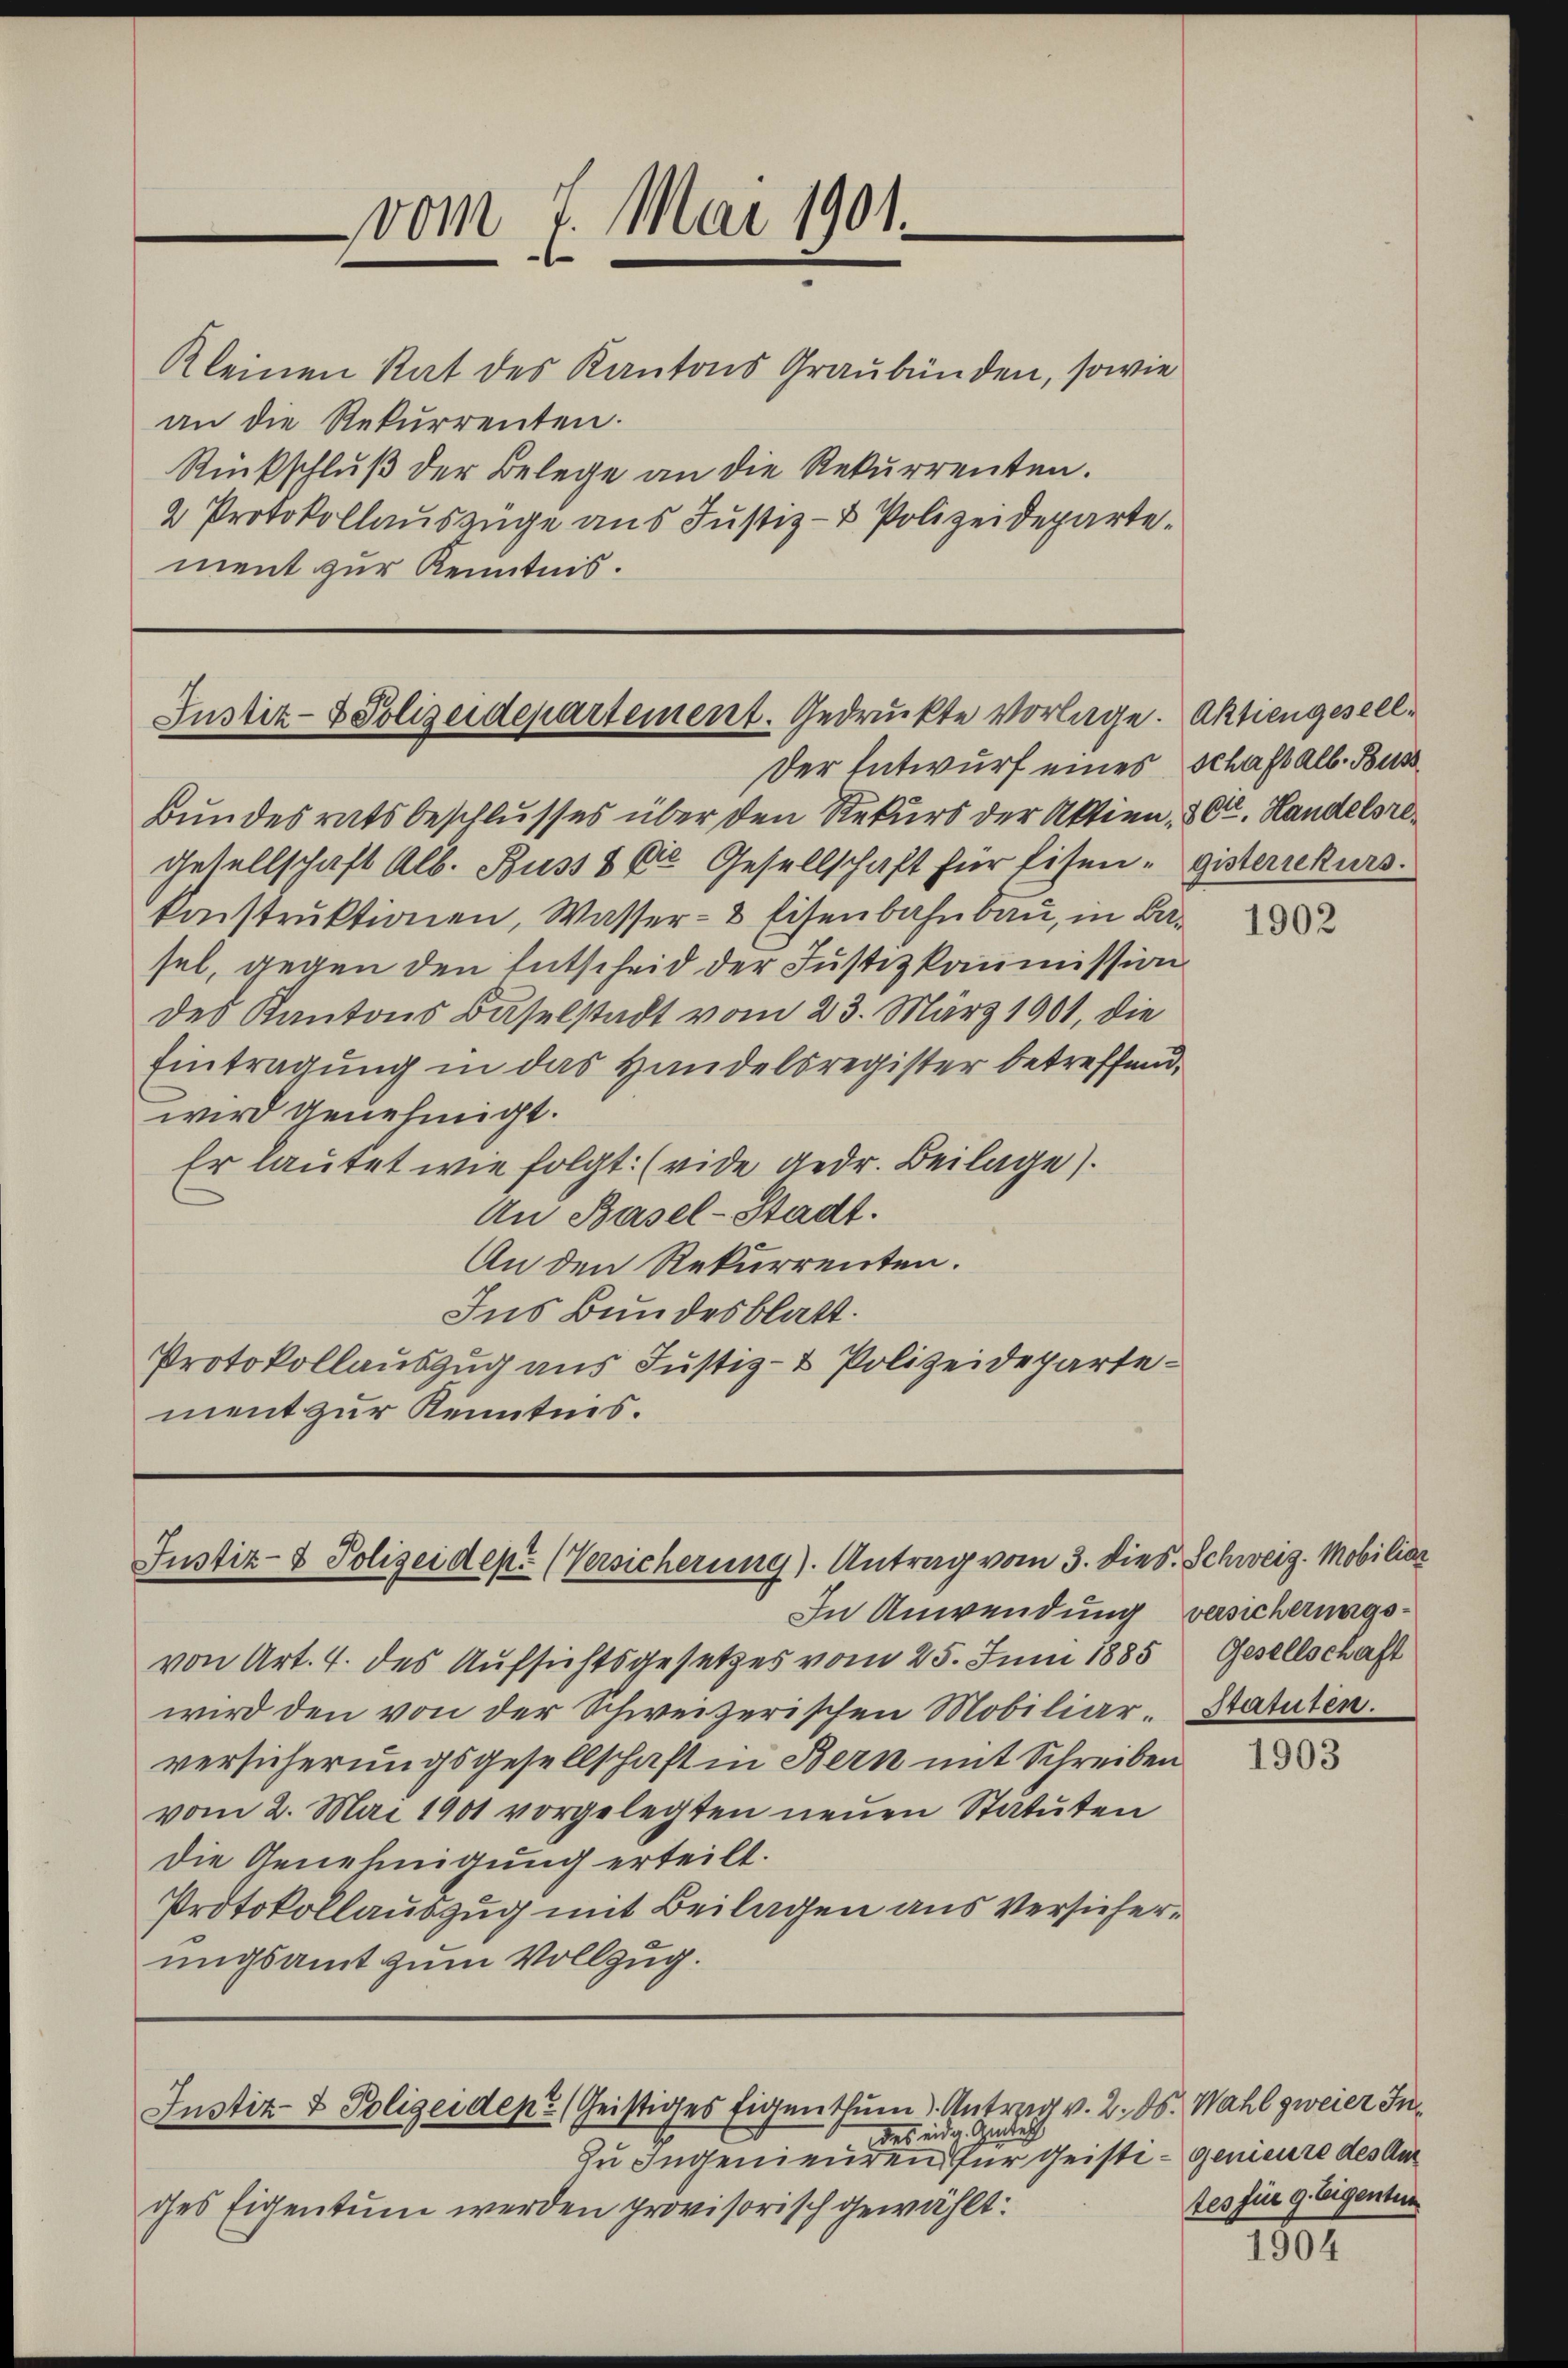
vom 7. Mai 1901.

Kleinen Rat des Kantons Graubünden, sowie
an die Rekurrenten.
Rückschluß der Belege an die Rekurrenten.
2 Protokollauszüge aus Justiz- & Polizeidepartement zur Kenntnis.

Justiz- & Polizeidepartement. Gedruckte vorlage. Aktiengesell¬

Der Entwurf eines Schaft alb. Buss
Bundesratsbeschlusses über den Rekurs der Aktien 2 Ctr. Handelsre¬
Gesellschaft Alb. Buss 8 die Gesellschaft für Eisen- gisterrekurs.
konstrŭktionen, Wasser- & Eisenbahnbau, in Besel, gegen den Entscheid der Justizkommission
des Kantons Baselstadt vom 23. März 1901, die
Eintragung in das Handelsregister betreffend,
wird genehmigt.
Er lautet wie folgt: (vide gedr. Beilage).
An Basel-Stadt.
An den Rekurrenten.
Ins Bundesblatt.
Protokollauszug aus Justiz- & Polizeidepartement zur Kenntnis.

Justiz- & Polizeidep. (Versicherung). Antrag vom 3. dies. Schweiz. Mobiliar

Zu Ingenieuren für Geisti - genieure des Am
des Eigentum werden provisorisch gewählt:

Justiz- & Polizeiden (Geistiges Eigenthum). Antrag v. 2. ds. Wahl zweier Indes eidg. Gintlich

In Anwendung versicherungs¬

von Art. 4. des Aufsichtsgesetzes vom 25. Juni 1885 Gesellschaft
wird den von der Schweizerischen Mobiliar- Statuten.
versicherungsgesellschaft in Bern mit Schreiben
vom 2. Mai 1901 vorgelegten neuen Statuten
Die Genehmigung erteilt.
Protokollauszug mit Beilagen aus Versicherungsamt zum Vollzug.

1902

1903

tes für 9. Zeigentum

1904